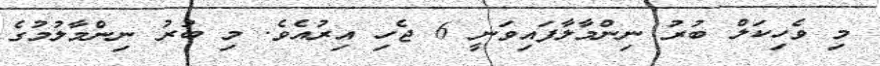
މި ވެހިކަލް ބުރު ނިންމާލާފައިވަނީ 6 ޖެހި އިރުއެވެ. މި ބުރު ނިންމާލުމުގެ